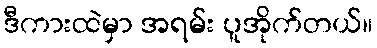
ဒီကားထဲမှာ အရမ်း ပူအိုက်တယ်။